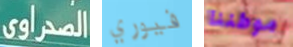
الصحراوى فيوري موطننا